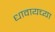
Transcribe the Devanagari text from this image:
धावायच्या